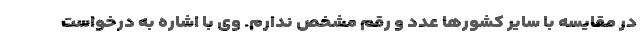
در مقایسه با سایر کشورها عدد و رقم مشخص ندارم. وی با اشاره به درخواست